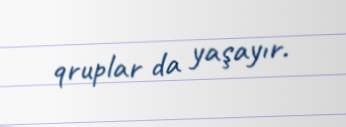
qruplar da yaşayır.